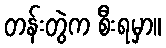
တန်းတွဲက စီးရမှာ။